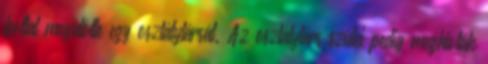
bottal megütötte egy osztálytársát. Az osztálytárs szülei pedig meghívták